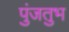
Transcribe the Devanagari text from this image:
पुंजतुभ